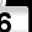
Digit: 6